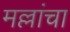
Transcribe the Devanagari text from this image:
मल्लांचा